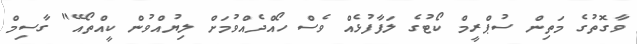
ވާގޮތުގެ މަތިން ސުޕްރީމް ކޯޓުގެ ލަފާފުޅެއް ވެސް ހޯއްދެއްވުމަށް ލިޔުއްވުން ކީއްތޯއޭ" ގާސިމް